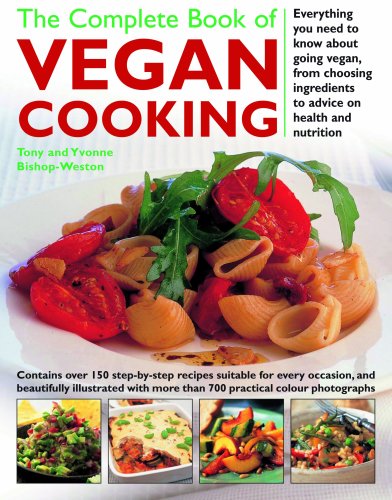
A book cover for The Complete Book of Vegan Cooking: Everything you need to know about going vegan, from Choosing Ingredients to Advice on Health and Nutrition; Yvonne Bishop-Weston; Health, Fitness & Dieting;